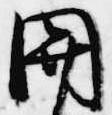
関